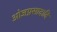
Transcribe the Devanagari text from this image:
ओजप्रसादादि